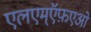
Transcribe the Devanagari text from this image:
एलएम्ऍफ़एओ